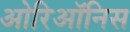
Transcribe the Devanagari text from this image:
ओरिऑनिस